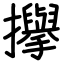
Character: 㩮